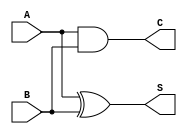
module Conditional_Half_Adder (
    input wire A,  // Input 1
    input wire B,  // Input 2
    output wire S, // Sum output
    output wire C  // Carry output
);

// Assign the outputs based on the half-adder logic
assign S = A ^ B; // Sum is A XOR B
assign C = A & B; // Carry is A AND B

endmodule